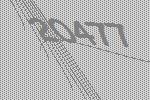
20477